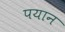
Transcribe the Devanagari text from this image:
पयान